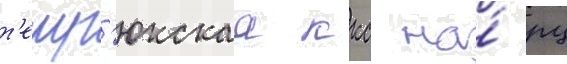
т'емр'юкскаа ккс на́ рц